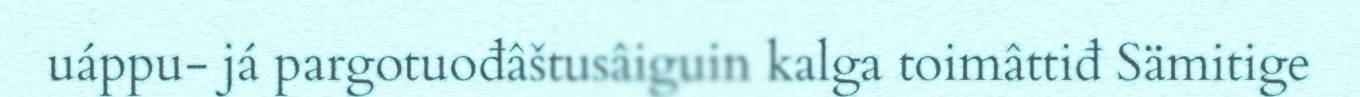
uáppu- já pargotuođâštusâiguin kalga toimâttiđ Sämitige